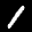
Label: 1